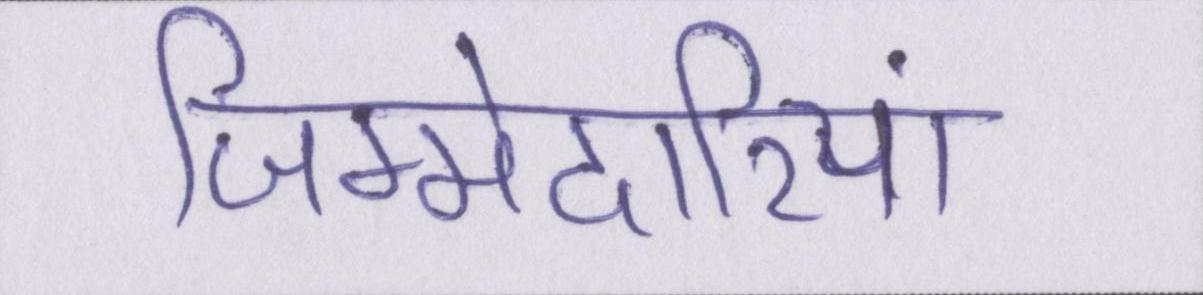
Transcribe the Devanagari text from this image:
जिम्मेदारियां